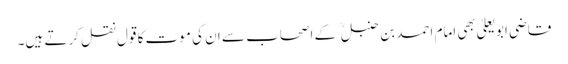
قاضی ابو یعلیٰ بھی امام احمد بن حنبل کے اصحاب سے ان کی موت کا قول نقل کرتے ہیں۔